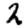
Digit: 2